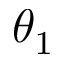
\theta _ { 1 }